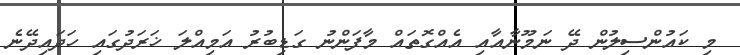
މި ކައުންސިލުން ދޭ ނަމޫނާއާއި އެއްގޮތައް މާފަންނު ގަޑިބުރު އަމިއްލަ ޚަރަދުގައި ހަދައިދޭނެ